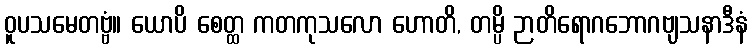
ဝူပသမေတဗ္ဗံ။ ယောပိ စေတ္ထ ကတကုသလော ဟောတိ, တမ္ပိ ဉာတိရောဂဘောဂဗျသနာဒီနံ